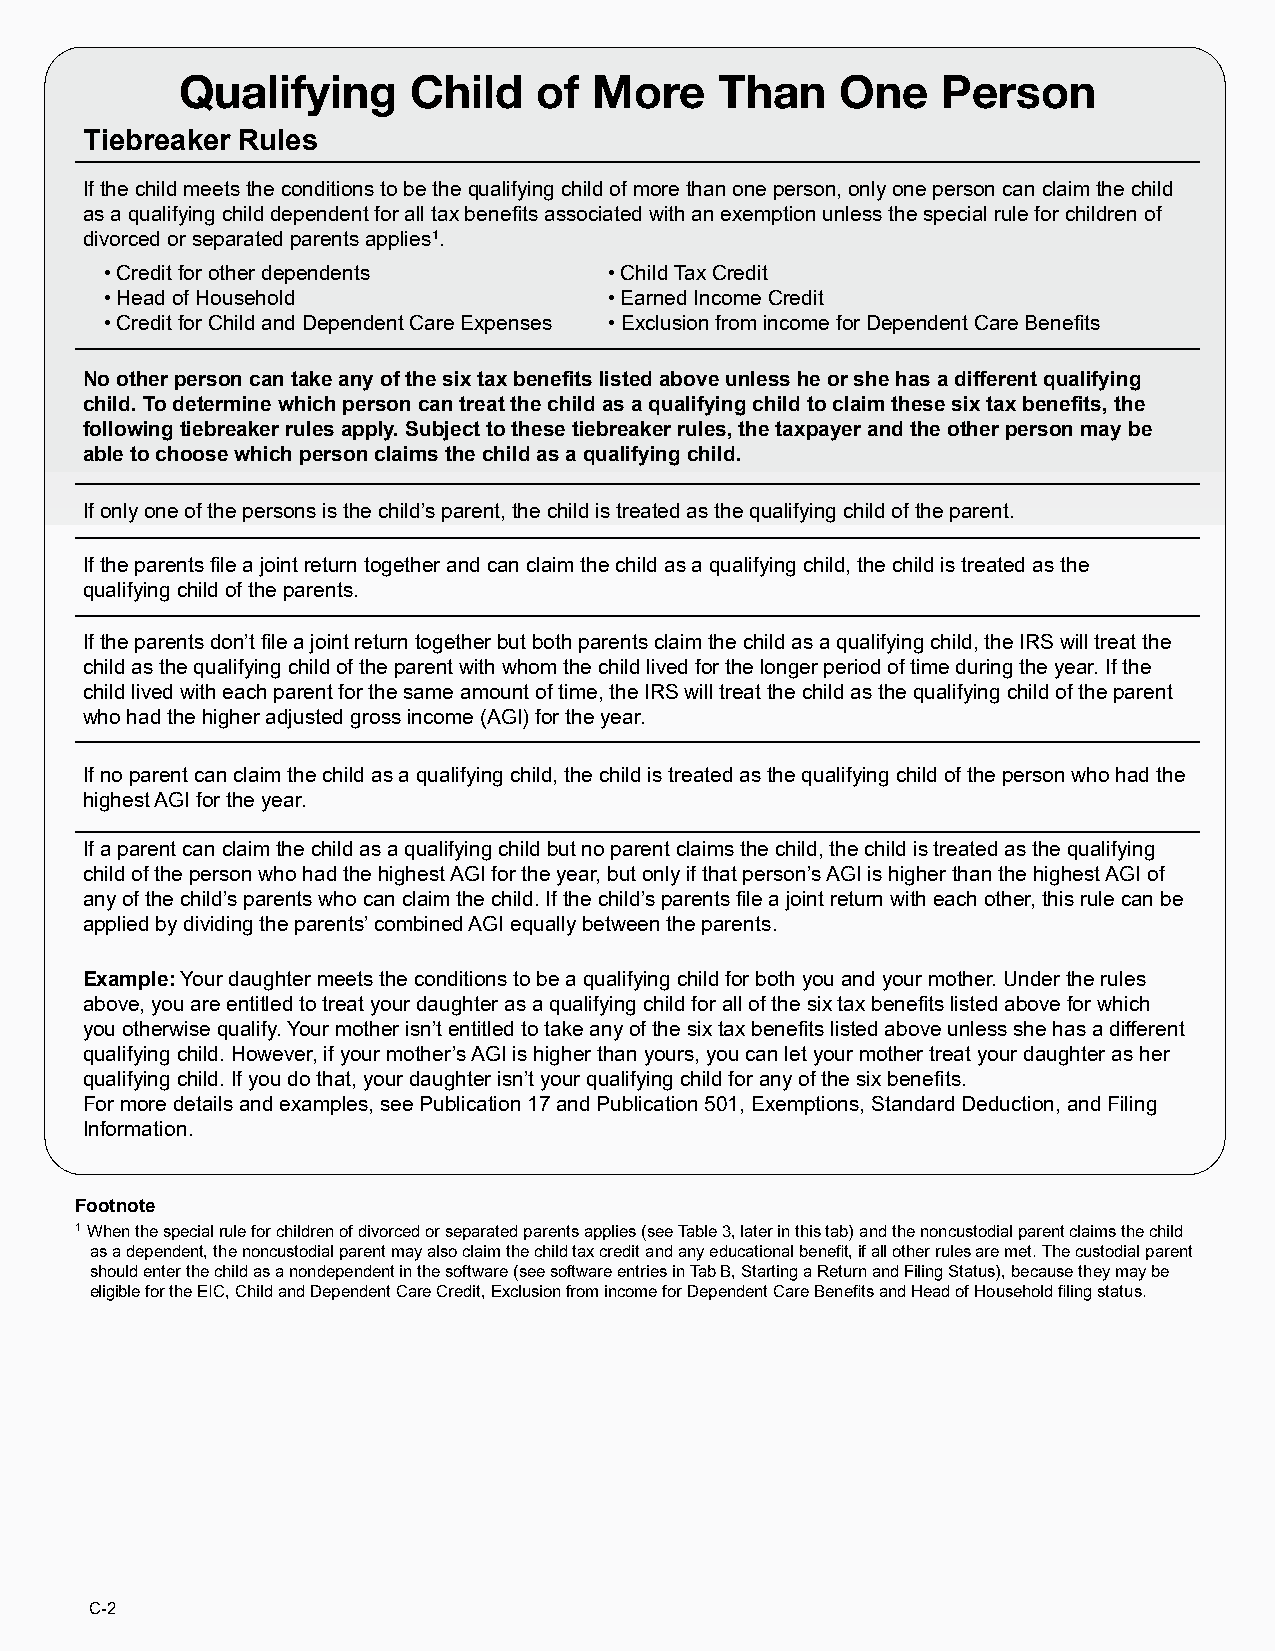
Qualifying     Child    of More     Than    One   Person
 Tiebreaker Rules
 If the child meets the conditions to be the qualifying child of more than one person, only one person can claim the child
 as a qualifying child dependent for all tax benefits associated with an exemption unless the special rule for children of
 divorced or separated parents applies1.
 • Credit for other dependents    • Child Tax Credit
 • Head of Household              • Earned Income Credit
 • Credit for Child and Dependent Care Expenses • Exclusion from income for Dependent Care Benefits
 No other person can take any of the six tax benefits listed above unless he or she has a different qualifying
 child. To determine which person can treat the child as a qualifying child to claim these six tax benefits, the
 following tiebreaker rules apply. Subject to these tiebreaker rules, the taxpayer and the other person may be
 able to choose which person claims the child as a qualifying child.
 If only one of the persons is the child’s parent, the child is treated as the qualifying child of the parent.
 If the parents file a joint return together and can claim the child as a qualifying child, the child is treated as the
 qualifying child of the parents.
 If the parents don’t file a joint return together but both parents claim the child as a qualifying child, the IRS will treat the
 child as the qualifying child of the parent with whom the child lived for the longer period of time during the year. If the
 child lived with each parent for the same amount of time, the IRS will treat the child as the qualifying child of the parent
 who had the higher adjusted gross income (AGI) for the year.
 If no parent can claim the child as a qualifying child, the child is treated as the qualifying child of the person who had the
 highest AGI for the year.
 If a parent can claim the child as a qualifying child but no parent claims the child, the child is treated as the qualifying
 child of the person who had the highest AGI for the year, but only if that person’s AGI is higher than the highest AGI of
 any of the child’s parents who can claim the child. If the child’s parents file a joint return with each other, this rule can be
 applied by dividing the parents’ combined AGI equally between the parents.
 Example: Your daughter meets the conditions to be a qualifying child for both you and your mother. Under the rules
 above, you are entitled to treat your daughter as a qualifying child for all of the six tax benefits listed above for which
 you otherwise qualify. Your mother isn’t entitled to take any of the six tax benefits listed above unless she has a different
 qualifying child. However, if your mother’s AGI is higher than yours, you can let your mother treat your daughter as her
 qualifying child. If you do that, your daughter isn’t your qualifying child for any of the six benefits.
 For more details and examples, see Publication 17 and Publication 501, Exemptions, Standard Deduction, and Filing
 Information.
 Footnote
 1 When the special rule for children of divorced or separated parents applies (see Table 3, later in this tab) and the noncustodial parent claims the child
 as a dependent, the noncustodial parent may also claim the child tax credit and any educational benefit, if all other rules are met. The custodial parent
 should enter the child as a nondependent in the software (see software entries in Tab B, Starting a Return and Filing Status), because they may be
 eligible for the EIC, Child and Dependent Care Credit, Exclusion from income for Dependent Care Benefits and Head of Household filing status.
 C-2